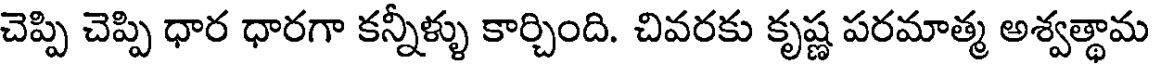
చెప్పి చెప్పి ధార ధారగా కన్నీళ్ళు కార్చింది. చివరకు కృష్ణ పరమాత్మ అశ్వత్థామ